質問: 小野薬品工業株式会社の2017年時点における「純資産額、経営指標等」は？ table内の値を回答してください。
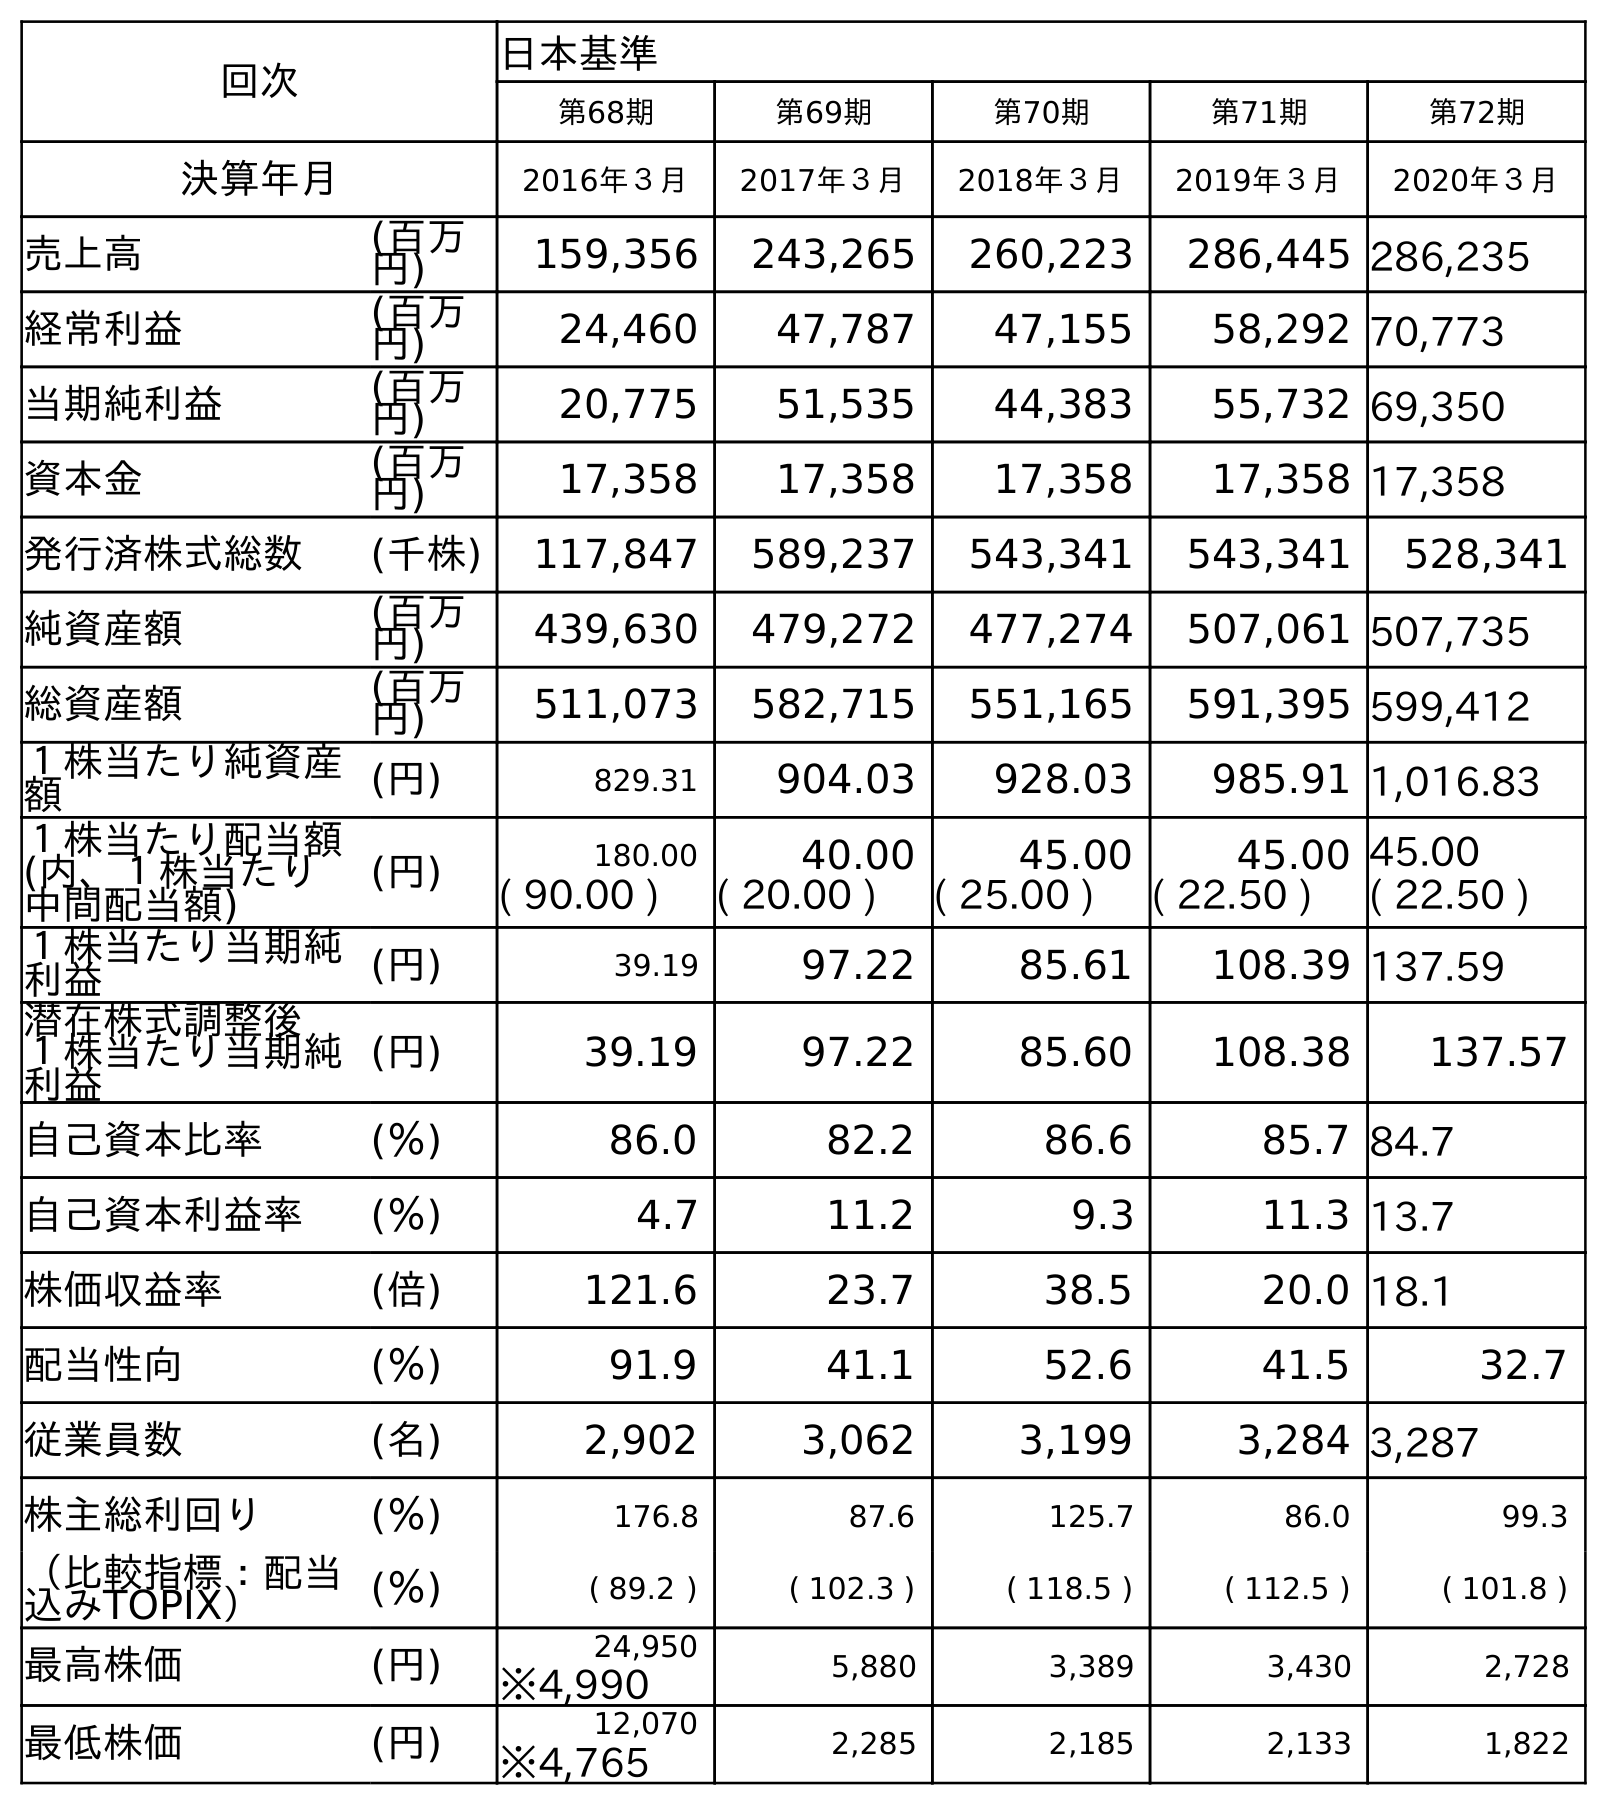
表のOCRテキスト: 回次 日本基準 第68期 第69期 第70期 第71期 第72期 決算年月 2016年３月 2017年３月 2018年３月 2019年３月 2020年３月 売上高 (百万 円) 159,356 243,265 260,223 286,445 286,235 経常利益 (百万 円) 24,460 47,787 47,155 58,292 70,773 当期純利益 (百万 円) 20,775 51,535 44,383 55,732 69,350 資本金 (百万 円) 17,358 17,358 17,358 17,358 17,358 発行済株式総数 (千株) 117,847 589,237 543,341 543,341 528,341 純資産額 (百万 円) 439,630 479,272 477,274 507,061 507,735 総資産額 (百万 円) 511,073 582,715 551,165 591,395 599,412 １株当たり純資産 額 (円) 829.31 904.03 928.03 985.91 1,016.83 １株当たり配当額 (内、１株当たり 中間配当額) (円) 180.00 40.00 45.00 45.00 45.00 ( 90.00 ) ( 20.00 ) ( 25.00 ) ( 22.50 ) ( 22.50 ) １株当たり当期純 利益 (円) 39.19 97.22 85.61 108.39 137.59 潜在株式調整後 １株当たり当期純 利益 (円) 39.19 97.22 85.60 108.38 137.57 自己資本比率 (％) 86.0 82.2 86.6 85.7 84.7 自己資本利益率 (％) 4.7 11.2 9.3 11.3 13.7 株価収益率 (倍) 121.6 23.7 38.5 20.0 18.1 配当性向 (％) 91.9 41.1 52.6 41.5 32.7 従業員数 (名) 2,902 3,062 3,199 3,284 3,287 株主総利回り (％) 176.8 87.6 125.7 86.0 99.3 （比較指標：配当 込みTOPIX） (％) ( 89.2 ) ( 102.3 ) ( 118.5 ) ( 112.5 ) ( 101.8 ) 最高株価 (円) 24,950 5,880 3,389 3,430 2,728 ※4,990 最低株価 (円) 12,070 2,285 2,185 2,133 1,822 ※4,765
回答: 479,272